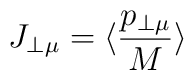
J_{\perp\mu}=\langle \frac{p_{\perp\mu}}{M}\rangle